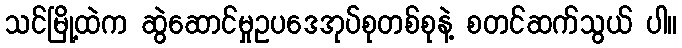
သင်မြို့ထဲက ဆွဲဆောင်မှုဥပဒေအုပ်စုတစ်စုနဲ့ စတင်ဆက်သွယ် ပါ။